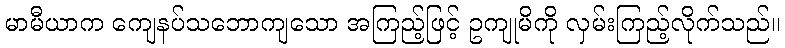
မာမီယာက ကျေနပ်သဘောကျသော အကြည့်ဖြင့် ဥကျုမိကို လှမ်းကြည့်လိုက်သည်။